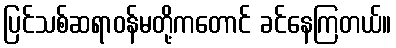
ပြင်သစ်ဆရာဝန်မတို့ကတောင် ခင်နေကြတယ်။